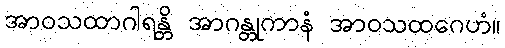
အာဝသထာဂါရန္တိ အာဂန္တုကာနံ အာဝသထဂေဟံ။